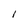
Character: l